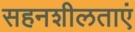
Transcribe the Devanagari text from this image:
सहनशीलताएं